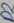
Text: D2